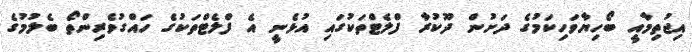
އިޖުތިމާއީ ބޯހިޔާވަހިކަމުގެ ދަށުން ދޫކުރާ ފްލެޓްތަކުގައި އުޅެނީ އެ ފްލެޓްތަކުގެ ހައްގުވެރިންތޯ ބެލުމުގެ